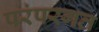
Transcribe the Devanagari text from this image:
परंपरगत